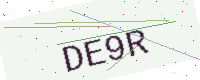
Text: DE9R